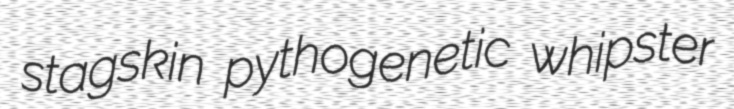
stagskin pythogenetic whipster